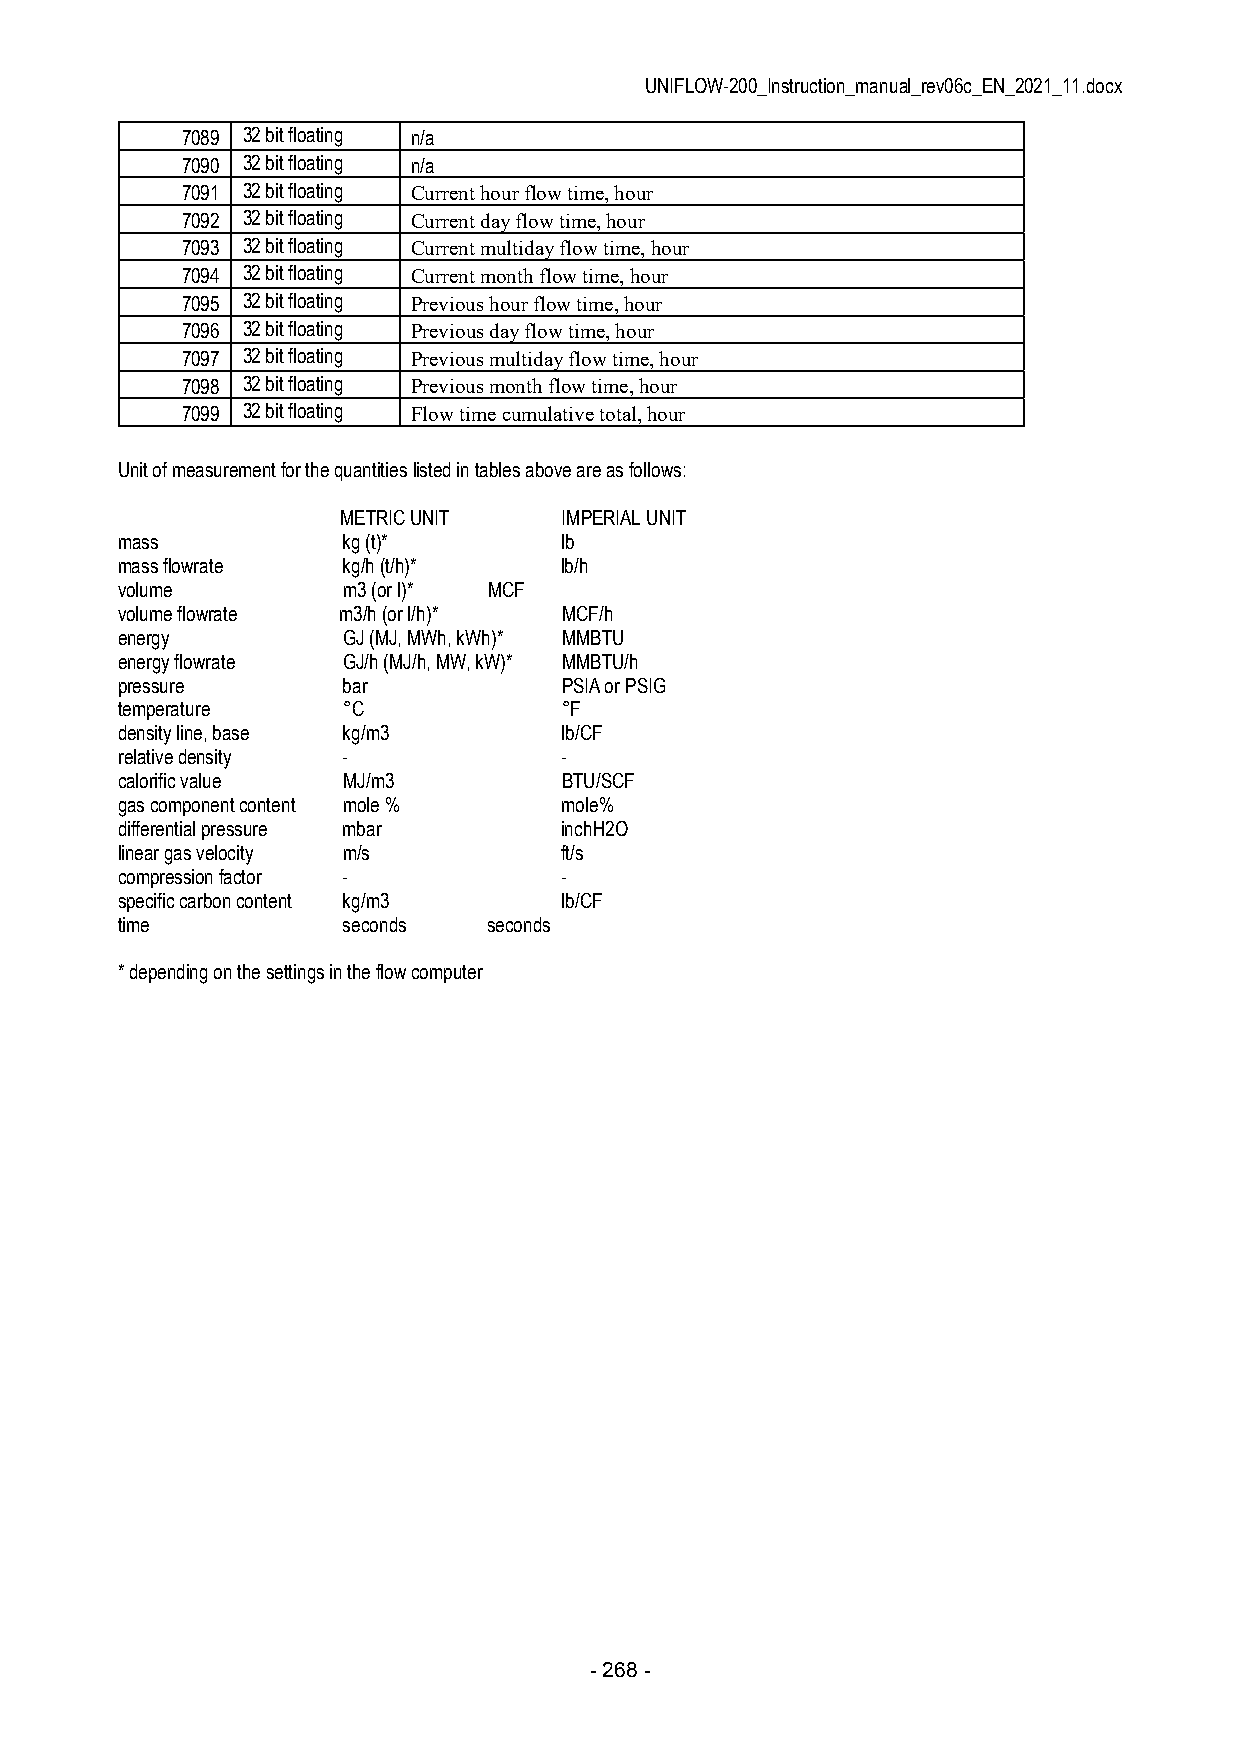
UNIFLOW-200_Instruction_manual_rev06c_EN_2021_11.docx
 7089 32 bit floating n/a
 7090 32 bit floating n/a
 7091 32 bit floating Current hour flow time, hour
 7092 32 bit floating Current day flow time, hour
 7093 32 bit floating Current multiday flow time, hour
 7094 32 bit floating Current month flow time, hour
 7095 32 bit floating Previous hour flow time, hour
 7096 32 bit floating Previous day flow time, hour
 7097 32 bit floating Previous multiday flow time, hour
 7098 32 bit floating Previous month flow time, hour
 7099 32 bit floating Flow time cumulative total, hour
 Unit of measurement for the quantities listed in tables above are as follows:
 METRIC UNIT    IMPERIAL UNIT
 mass           kg (t)*       lb
 mass flowrate  kg/h (t/h)*   lb/h
 volume         m3 (or l)* MCF
 volume flowrate m3/h (or l/h)* MCF/h
 energy         GJ (MJ, MWh, kWh)* MMBTU
 energy flowrate GJ/h (MJ/h, MW, kW)* MMBTU/h
 pressure       bar           PSIA or PSIG
 temperature    °C            °F
 density line, base kg/m3     lb/CF
 relative density -           -
 calorific value MJ/m3        BTU/SCF
 gas component content mole % mole%
 differential pressure mbar   inchH2O
 linear gas velocity m/s      ft/s
 compression factor -         -
 specific carbon content kg/m3 lb/CF
 time           seconds  seconds
 * depending on the settings in the flow computer
 - 268 -